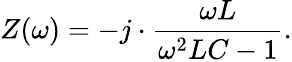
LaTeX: Z(\omega)=-j\cdot{\frac{\omega L}{\omega^{2}LC-1}}.